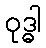
ဝုဒ္ဓါ